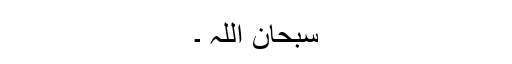
سبحان اللہ ۔